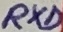
Text: RXD